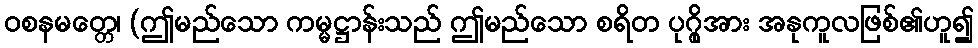
ဝစနမတ္တေ၊ (ဤမည်သော ကမ္မဋ္ဌာန်းသည် ဤမည်သော စရိတ ပုဂ္ဂိုအား အနုကူလဖြစ်၏ဟူ၍